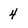
Character: 4